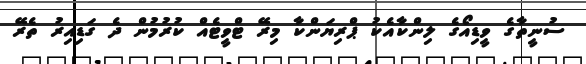
ސުނީތާގެ ވީޑިއޯގެ ލިންކާއެކު ޕްރިޔަންކާ މިރޭ ޓްވީޓެއް ކުރުމުން ދެ ގަޑިއިރު ތެރޭ